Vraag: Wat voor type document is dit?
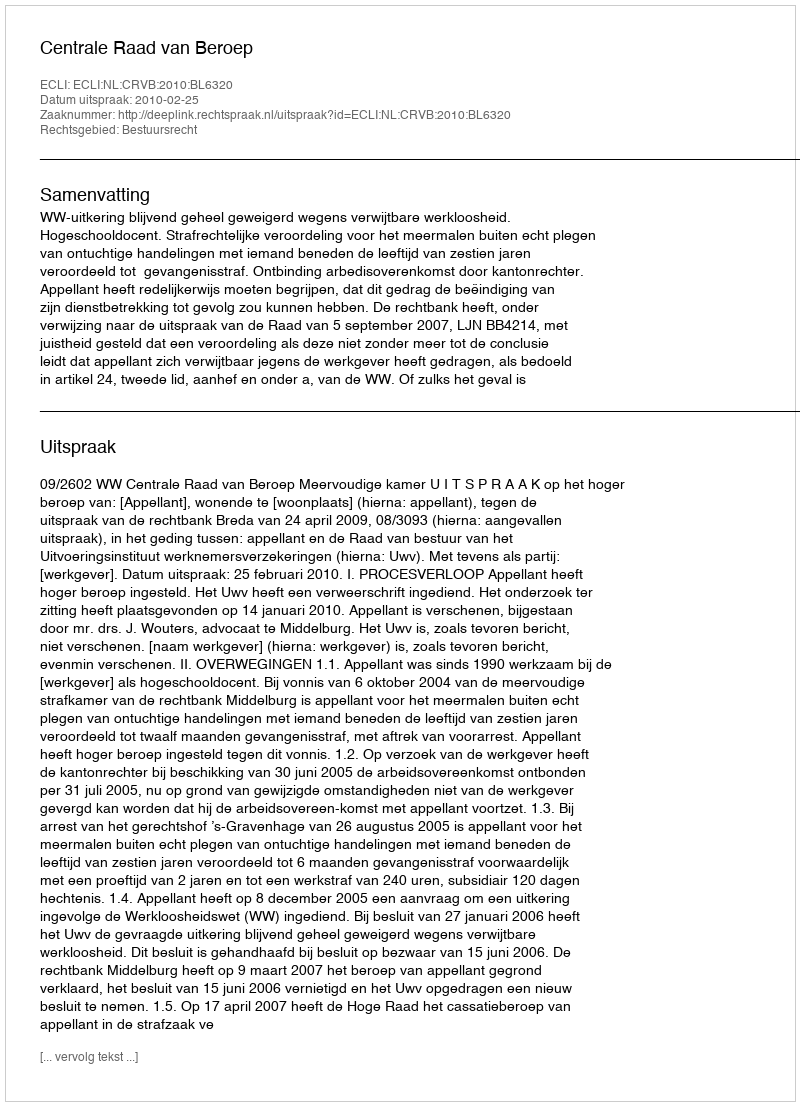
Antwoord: Uitspraak